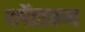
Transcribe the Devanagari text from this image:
प्लेंटारम